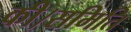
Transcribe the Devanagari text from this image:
की।समिति